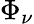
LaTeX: \Phi_{\nu}